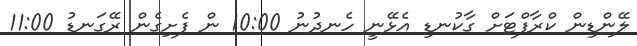
ލޭންޑިން ކްރާފްޓަށް ގާކުނޑި އެޅޭނީ ހެނދުނު 10:00 ން ފެށިގެން ރޭގަނޑު 11:00